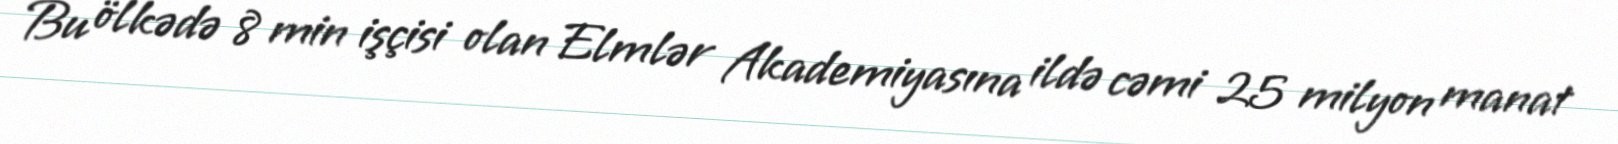
Bu ölkədə 8 min işçisi olan Elmlər Akademiyasına ildə cəmi 25 milyon manat